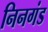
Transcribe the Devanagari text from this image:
निनगंड